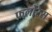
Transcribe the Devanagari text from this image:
फ़्लोरेस